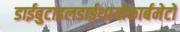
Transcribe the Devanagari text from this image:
डाईबुटाइलडाईथायोकार्बमेटों